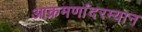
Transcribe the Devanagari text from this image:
आक्रमणांदरम्यान